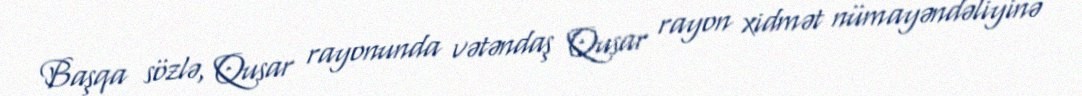
Başqa sözlə, Qusar rayonunda vətəndaş Qusar rayon xidmət nümayəndəliyinə